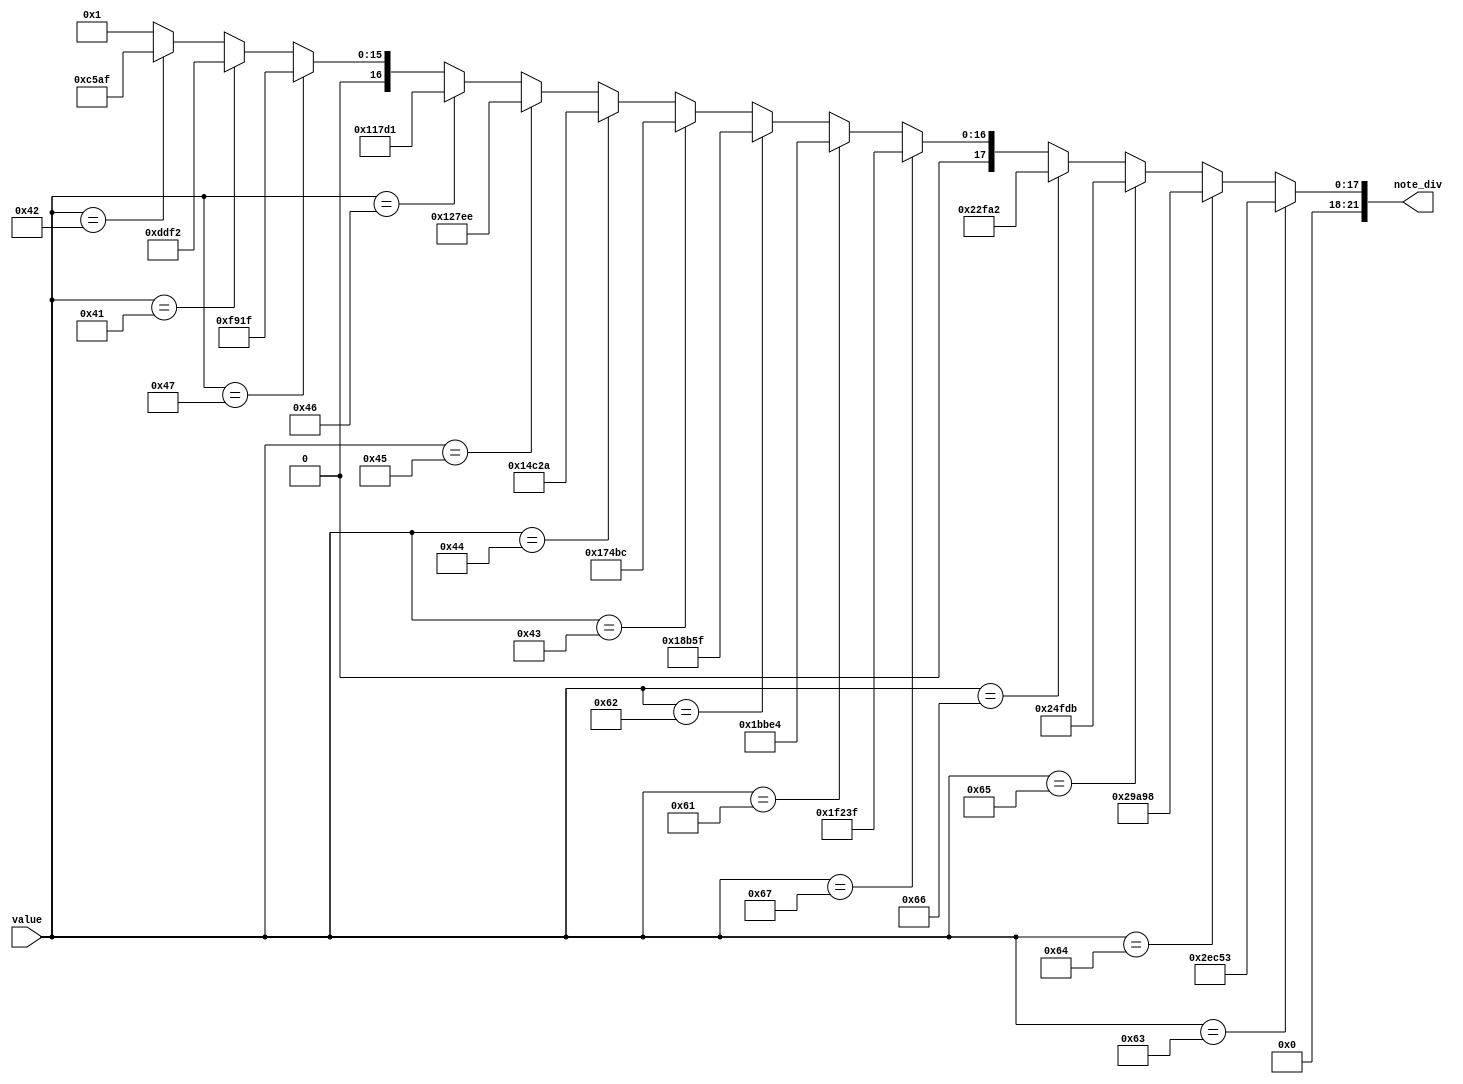
module MUX_for_speaker(
    note_div,
    value
);
output [21:0] note_div;
input [6:0] value;
reg [21:0] note_div;


always @*
     if (value == 7'd99)
        note_div = 22'd191571;  //Mid Do
     else if (value == 7'd100)
        note_div = 22'd170648;  //Mid Re
     else if (value == 7'd101)
        note_div = 22'd151515;  //Mid Mi
     else if (value == 7'd102)
        note_div = 22'd143266;  //Mid Fa
     else if (value == 7'd103)
        note_div = 22'd127551;  //Mid So
     else if (value == 7'd97)
        note_div = 22'd113636;  //Mid La
     else if (value == 7'd98)
        note_div = 22'd101215;  //Mid Si
     else if (value == 7'd67)
        note_div = 22'd95420;   //High Do
     else if (value == 7'd68)
        note_div = 22'd85034;   //High Re
     else if (value == 7'd69)
        note_div = 22'd75758;   //High Mi
     else if (value == 7'd70)
        note_div = 22'd71633;   //High Fa
     else if (value == 7'd71)
        note_div = 22'd63775;   //High So
     else if (value == 7'd65)
        note_div = 22'd56818;   //High La
     else if (value == 7'd66)
        note_div = 22'd50607;   //High Si
     else
        note_div = 22'd1;
        
 endmodule